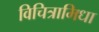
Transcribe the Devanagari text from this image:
विचित्रामिधा